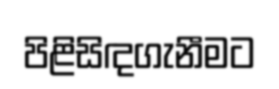
පිළිසිඳගැනීමට